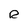
Character: R